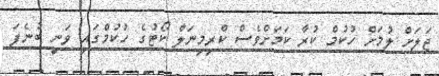
ޖަލަށް ލުމަށް ހުކުމް ކުރާ ކަމަށްވެސް ކްރިމިނަލް ކޯޓުގެ ހުކުމްގައި ވަނީ ބުނެފަ